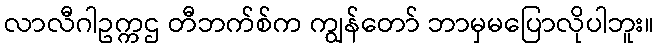
လာလီဂါဥက္ကဌ တီဘက်စ်က ကျွန်တော် ဘာမှမပြောလိုပါဘူး။